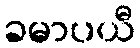
ခမာပယီ